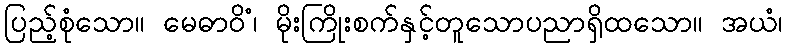
ပြည့်စုံသော။ မေဓာဝိံ၊ မိုးကြိုးစက်နှင့်တူသောပညာရှိထသော။ အယံ၊